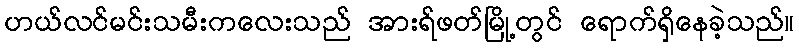
ဟယ်လင်မင်းသမီးကလေးသည် အားရ်ဖတ်မြို့တွင် ရောက်ရှိနေခဲ့သည်။